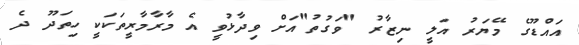
އައްޑޫގެ މޭޔަރު އަލީ ނިޒާރު "ވަގުތު"އަށް ވިދާޅުވީ އެ މާރާމާރީތަކަކީ ހިތަދޫ ދެ